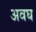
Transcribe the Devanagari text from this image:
अवघ